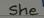
She